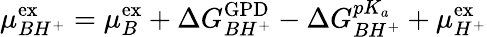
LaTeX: \mu_{BH^{+}}^{\mathrm{{ex}}}=\mu_{B}^{\mathrm{{ex}}}+\Delta G_{BH^{+}}^{\mathrm{{GPD}}}-\Delta G_{BH^{+}}^{pK_{a}}+\mu_{H^{+}}^{\mathrm{{ex}}}